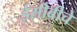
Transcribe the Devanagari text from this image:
ईसीबीचे